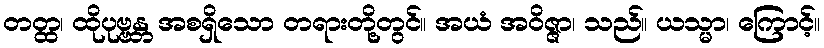
တတ္ထ၊ ထိုပုဗ္ဗန္တ အစရှိသော တရားတို့တွင်။ အယံ အဝိဇ္ဇာ၊ သည်။ ယသ္မာ၊ ကြောင့်။